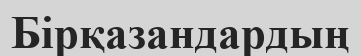
Бірқазандардың